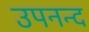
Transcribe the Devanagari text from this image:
उपनन्द